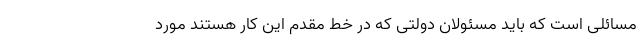
مسائلی است که باید مسئولان دولتی که در خط مقدم این کار هستند مورد